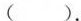
()。